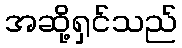
အဆို့ရှင်သည်